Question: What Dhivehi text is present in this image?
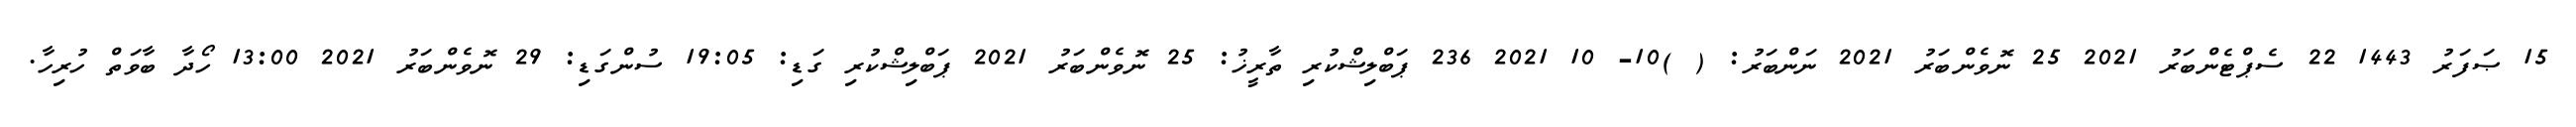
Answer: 15 ޞަފަރު 1443 22 ސެޕްޓެންބަރު 2021 25 ނޮވެންބަރު 2021 ނަންބަރު: ( )10- 10 2021 236 ޕަބްލިޝްކުރި ތާރީޚު: 25 ނޮވެންބަރު 2021 ޕަބްލިޝްކުރި ގަޑި: 19:05 ސުންގަޑި: 29 ނޮވެންބަރު 2021 13:00 ހޯދާ ބާވަތް ހުރިހާ.